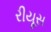
રીયૂસ